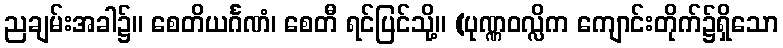
ညချမ်းအခါ၌။ စေတိယင်္ဂဏံ၊ စေတီ ရင်ပြင်သို့။ (ပုဏ္ဏဝလ္လိက ကျောင်းတိုက်၌ရှိသော